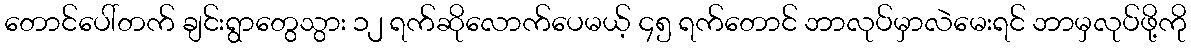
တောင်ပေါ်တက် ချင်းရွာတွေသွား ၁၂ ရက်ဆိုလောက်ပေမယ့် ၄၅ ရက်တောင် ဘာလုပ်မှာလဲမေးရင် ဘာမှလုပ်ဖို့ကို